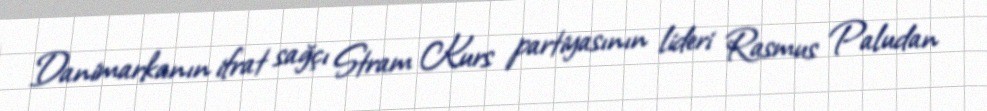
Danimarkanın ifrat sağçı Stram Kurs partiyasının lideri Rasmus Paludan